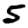
Digit: 5